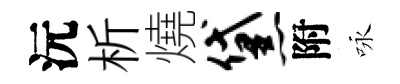
沅析燒黛附咏